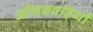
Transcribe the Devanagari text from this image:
आँगनबड़ियाँ